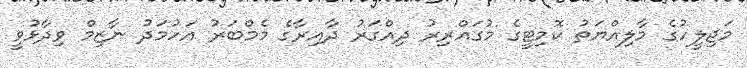
މަޖިލީހުގެ މާލިއްޔަތު ކޮމިޓީގެ މުގައްރިރު ދިއްގަރު ދާއިރާގެ މެމްބަރު އަހުމަދު ނާޒިމް ވިދާޅުވީ